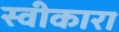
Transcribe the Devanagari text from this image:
स्‍वीकारा